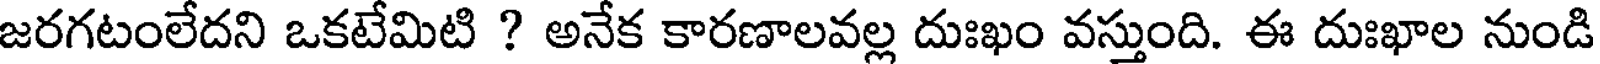
జరగటంలేదని ఒకటేమిటి ? అనేక కారణాలవల్ల దుఃఖం వస్తుంది. ఈ దుఃఖాల నుండి